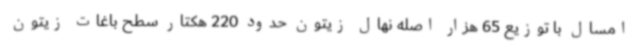
امسال با توزیع 65 هزار اصله نهال زیتون حدود 220 هکتار سطح باغات زیتون